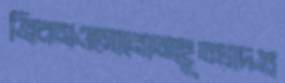
ব্রিকসওমোনোআহূতখাদগু